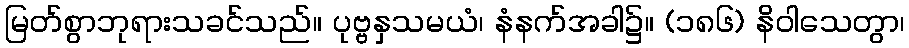
မြတ်စွာဘုရားသခင်သည်။ ပုဗ္ဗနှသမယံ၊ နံနက်အခါ၌။ (၁၈၆) နိဝါသေတွာ၊